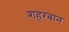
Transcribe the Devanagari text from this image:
शहरबान